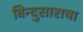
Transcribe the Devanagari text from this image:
बिन्दुसाराचा